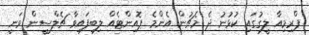
ޕްރިމިއާ ލީގުގައި ކުޅުނު ދެ މެޗުން އެންމެ ޕޮއިންޓެއް ލިބިފައިވާ ޗެލްސީން ވަނީ